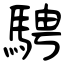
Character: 騁